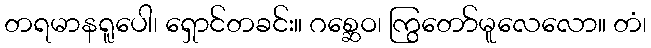
တရမာနရူပေါ၊ ရှောင်တခင်း။ ဂစ္ဆေဝ၊ ကြွတော်မူလေလော။ တံ၊